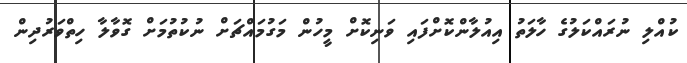
ކުއްލި ނުރައްކަލުގެ ހާލަތު އިއުލާންކޮށްފައި ވަނިކޮށް މީހުން މަގުމައްޗަށް ނުކުތުމަށް ގޮވާލާ ހިތްވަރުދިން